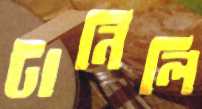
টানিলি